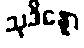
သုဒိန္နော